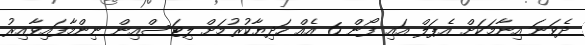
ދެވަނަ އިނާމަކަށް އެޕަލް އައި ފޯން 6 އެއް ހަދިޔާކުރުމަށް ލިޓަސްއިން ނިންމާފައިވާއިރު